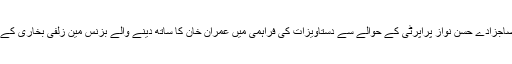
لندن میں سابق وزیر اعظم نواز شریف کے صاجزادے حسن نواز پراپرٹی کے حوالے سے دستاویزات کی فراہمی میں عمران خان کا ساتھ دینے والے بزنس مین زلفی بخاری کے خلاف نیب راولپنڈی کی تحقیقات جاری ہے۔